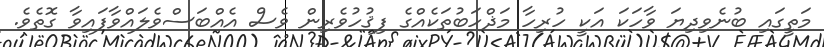
މަތީގައި ބުނެވިދިޔަ ވާހަކަ އަކީ ހުރިހާ މަޛްހަބުތަކެއްގެ ފިޤުހުވެރިން ވެސް އެއްބަސްވެލައްވާފައިވާ ގޮތެވެ.